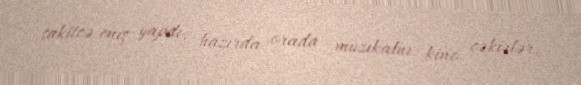
sakitcə eniş yapdı, hazırda orada muzıkalnı kino çəkirlər.